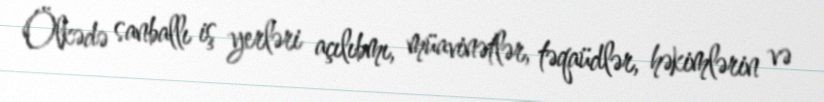
Ölkədə sanballı iş yerləri açılıbmı, müavinətlər, təqaüdlər, həkimlərin və